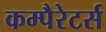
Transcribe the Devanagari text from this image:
कम्पैरेटर्स